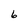
Character: 6